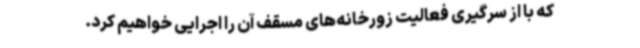
که با از سرگیری فعالیت زورخانه‌های مسقف آن را اجرایی خواهیم کرد.